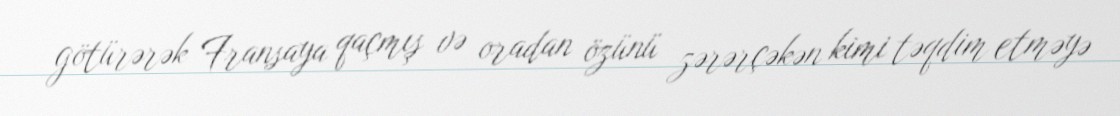
götürərək Fransaya qaçmış və oradan özünü zərərçəkən kimi təqdim etməyə